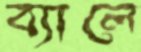
ব্যালে